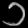
Digit: ၁